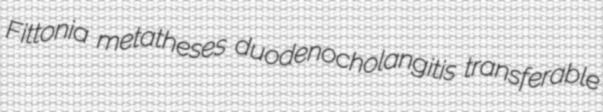
Fittonia metatheses duodenocholangitis transferable